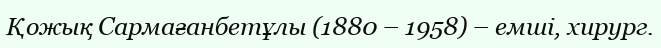
Қожық Сармағанбетұлы (1880 – 1958) – емші, хирург.